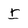
Character: I